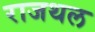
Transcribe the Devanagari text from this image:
राजथल